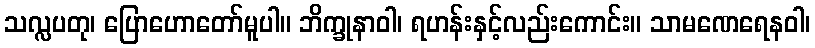
သလ္လပတု၊ ပြောဟောတော်မူပါ။ ဘိက္ခုနာဝါ၊ ရဟန်းနှင့်လည်းကောင်း။ သာမဏေရေနဝါ၊